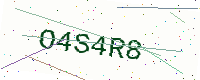
Text: O4S4R8